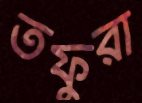
তফুরা